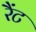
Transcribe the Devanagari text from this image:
रैंट